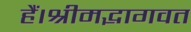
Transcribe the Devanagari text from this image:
हैं।श्रीमद्भागवत